Vaccination North-Western Provinces and Oudh 1896-1901 - 1896-1901
Year: 1896
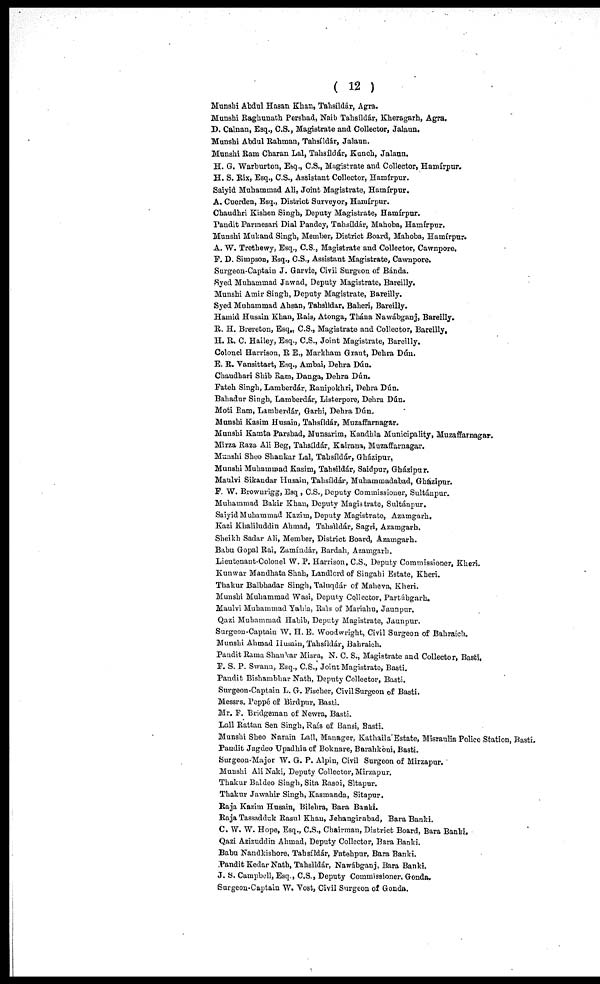
( 12 )
Munshi Abdul Hasan Khan, Tahsíldár, Agra.
Munshi Raghunath Pershad, Naib Tahsíldár, Kheragarh, Agra.
D. Calnan, Esq., C.S., Magistrate and Collector, Jalaun.
Munshi Abdul Rahman, Tahsíldár, Jalaun.
Munshi Ram Charan Lal, Tahsíldár, Kunch, Jalaun.
H. G. Warburton, Esq., C.S., Magistrate and Collector, Hamírpur.
H. S. Rix, Esq., C.S., Assistant Collector, Hamírpur.
Saiyid Muhammad Ali, Joint Magistrate, Hamírpur.
A. Cuerden, Esq., District Surveyor, Hamírpur.
Chaudhri Kishen Singh, Deputy Magistrate, Hamírpur.
Pandit Parmesan Dial Pandey, Tahsíldár, Mahoba, Hamírpur.
Munshi Mukand Singh, Member, District Board, Mahoba, Hamírpur.
A. W. Trethewy, Esq., C.S., Magistrate and Collector, Cawnpore.
F. D. Simpson, Esq., C.S., Assistant Magistrate, Cawnpore.
Surgeon-Captain J. Garvie, Civil Surgeon of Bánda.
Syed Muhammad Jawad, Deputy Magistrate, Bareilly.
Munshi Amir Singh, Deputy Magistrate, Bareilly.
Syed Muhammad Ahsan, Tahsìldar, Balieri, Bareilly.
Hamid Husain Khan, Rais, Atonga, Thána Nawábganj, Bareilly.
R. H. Brereton, Esq., C.S., Magistrate and Collector, Bareilly.
H. R. C. Hailey, Esq., C.S., Joint Magistrate, Bareilly.
Colonel Harrison, R E., Markham Grant, Dehra Dún.
E. R. Vansittart, Esq., Ambai, Dehra Dún.
Chaudhari Shib Ram, Danga, Dehra Dún.
Fateh Singh, Lamberdár, Ranipokhri, Dehra Dún.
Bahadur Singh, Lamberdár, Listerpore, Dehra Dún.
Moti Ram, Lamberdár, Garhi, Dehra Dún.
Munshi Kasim Husain, Tahsíldár, Muzaffarnagar.
Munshi Kamta Parshad, Munsarim, Kandhla Municipality, Muzaffarnagar.
Mirza Raza Ali Beg, Tahsíldár, Kairana, Muzaffarnagar.
Munshi Sheo Shankar Lal, Tahsíldár, Gházipur,
Munshi Muhammad Kasim, Tahsíldár, Saidpur, Gházipur.
Maulvi Sikandar Husain, Tahsíldár, Muhammadabad, Ghazipur.
F. W. Browurigg, Esq , C.S., Deputy Commissioner, Sultánpur.
Muhammad Bakir Khan, Deputy Magistrate, Sultánpur.
Saiyid Muhammad Kazim, Deputy Magistrate, Azamgarh.
Kazi Khaliluddin Ahmad, Tahsíldár, Sagri, Azamgarh.
Sheikh Sadar Ali, Member, District Board, Azamgarh.
Babu Gopal Rai, Zamíndár, Bardah, Azamgarh.
Lieutonant-Colonel W. P. Harrison, C.S., Deputy Commissioner, Kheri.
Kunwar Mandhata Shah, Landlord of Singahi Estate, Kheri.
Thakur Balbhadar Singh, Taluqdár of Maheva, Kheri.
Munshi Muhammad Wasi, Deputy Collector, Partábgarh.
Maulvi Muhammad Yahia, Raìs of Mariahu, Jaunpur.
Qazi Muhammad Habib, Deputy Magistrate, Jaunpur.
Surgeon-Captain W. H. E. Woodwright, Civil Surgeon of Bahraich.
Munshi Ahmad Husain, Tahsíldár, Bahraich.
Pandit Rama Shankar Misra, N. C. S., Magistrate and Collector, Basti.
F. S. P. Swann, Esq., C.S., Joint Magistrate, Basti.
Pandit Bishambhar Nath, Deputy Collector, Basti.
Surgeon-Captain L. G. Fischer, Civil Surgeon of Basti.
Messrs. Peppé of Birdpur, Basti.
Mr. F. Bridgeman of Newra, Basti.
Lall Rattan Sen Singh, Raís of Bansi, Basti.
Munshi Sheo Narain Lall, Manager, Kathaila Estate, Misraulia Police Station, Basti.
Pandit Jagdeo Upadhia of Boknare, Barahkoni, Basti.
Surgeon-Major W. G. P. Alpin, Civil Surgeon of Mirzapur.
Munshi Ali Naki, Deputy Collector, Mirzapur.
Thakur Baldeo Singh, Sita Rasoi, Sítapur.
Thakur Jawahir Singh, Kasmanda, Sitapur.
Raja Kazim Husain, Bilehra, Bara Banki.
Raja Tassadduk Rasul Khan, Jehangirabad, Bara Banki.
C. W. W. Hope, Esq., C.S., Chairman, District Board, Bara Banki.
Qazi Azizuddin Ahmad, Deputy Collector, Bara Banki.
Babu Nandkishore, Tahsíldár, Fatehpur, Bara Banki.
Pandit Kedar Nath, Tahsíldár, Nawábganj, Bara Banki.
J. S. Campbell, Esq., C.S., Deputy Commissioner, Gonda.
Surgeon-Captain W. Vost, Civil Surgeon of Gonda.